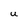
Character: U